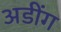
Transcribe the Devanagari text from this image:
अडींग